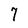
Character: 7